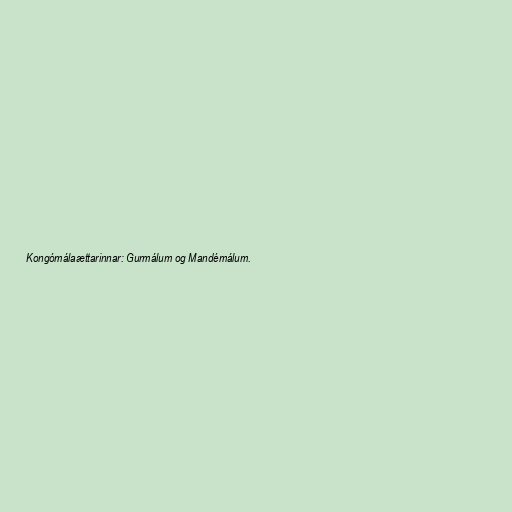
Kongómálaættarinnar: Gurmálum og Mandémálum.